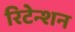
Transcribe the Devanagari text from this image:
रिटेन्शन